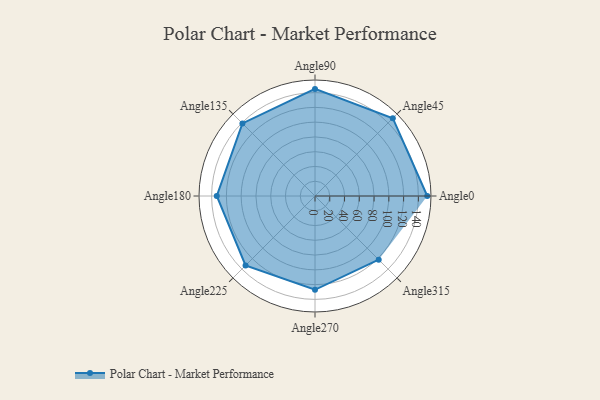
{"axis": {"x": "Angle", "y": "Radius"}, "legend": [""], "data": [{"x": "Angle0", "y": 152.0, "type": ""}, {"x": "Angle45", "y": 149.0, "type": ""}, {"x": "Angle90", "y": 145.0, "type": ""}, {"x": "Angle135", "y": 139.0, "type": ""}, {"x": "Angle180", "y": 133.0, "type": ""}, {"x": "Angle225", "y": 133.0, "type": ""}, {"x": "Angle270", "y": 127.0, "type": ""}, {"x": "Angle315", "y": 122.0, "type": ""}]}